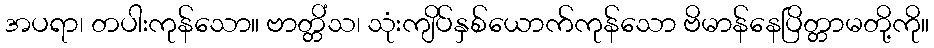
အပရာ၊ တပါးကုန်သော။ ဗာတ္တိံသ၊ သုံးကျိပ်နှစ်ယောက်ကုန်သော ဗိမာန်နေပြိတ္တာမတို့ကို။